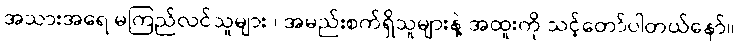
အသားအရေ မကြည်လင်သူများ ၊ အမည်းစက်ရှိသူများနဲ့ အထူးကို သင့်တော်ပါတယ်နော်။